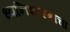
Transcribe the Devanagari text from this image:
ध्वनिशास्त्राचा